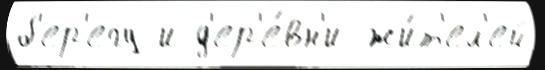
б'ер'егу и д'ер'е́вн'и жи́т'ел'ей